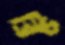
ব্রিচ